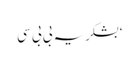
‘بشکریہ بی بی سی